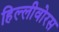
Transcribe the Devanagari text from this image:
हिल्लीवोरस